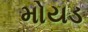
મોયડ